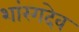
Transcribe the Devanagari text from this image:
शांरगदेव